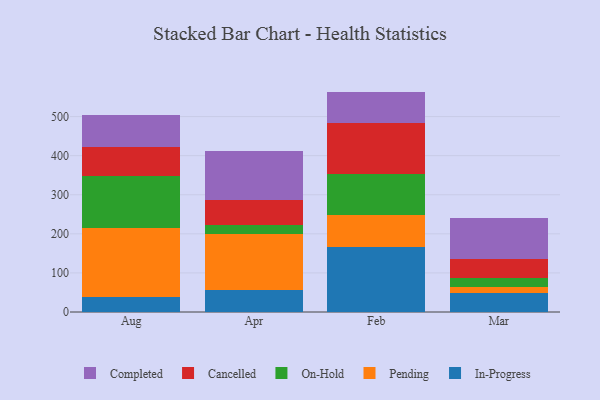
{"axis": {"x": "Month", "y": "Waste Production (Tons)"}, "legend": ["Cancelled", "Completed", "In-Progress", "On-Hold", "Pending"], "data": [{"x": "Aug", "y": 38.1, "type": "In-Progress"}, {"x": "Aug", "y": 176.3, "type": "Pending"}, {"x": "Aug", "y": 132.5, "type": "On-Hold"}, {"x": "Aug", "y": 75.6, "type": "Cancelled"}, {"x": "Aug", "y": 82.6, "type": "Completed"}, {"x": "Apr", "y": 55.7, "type": "In-Progress"}, {"x": "Apr", "y": 142.9, "type": "Pending"}, {"x": "Apr", "y": 23.5, "type": "On-Hold"}, {"x": "Apr", "y": 64.1, "type": "Cancelled"}, {"x": "Apr", "y": 126.5, "type": "Completed"}, {"x": "Feb", "y": 165.1, "type": "In-Progress"}, {"x": "Feb", "y": 83.3, "type": "Pending"}, {"x": "Feb", "y": 105.9, "type": "On-Hold"}, {"x": "Feb", "y": 129.3, "type": "Cancelled"}, {"x": "Feb", "y": 80.3, "type": "Completed"}, {"x": "Mar", "y": 48.6, "type": "In-Progress"}, {"x": "Mar", "y": 15.3, "type": "Pending"}, {"x": "Mar", "y": 22.5, "type": "On-Hold"}, {"x": "Mar", "y": 50.2, "type": "Cancelled"}, {"x": "Mar", "y": 103.9, "type": "Completed"}]}